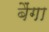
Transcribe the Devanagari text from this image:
बैंगा